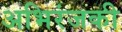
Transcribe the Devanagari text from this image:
अभिरंजकी